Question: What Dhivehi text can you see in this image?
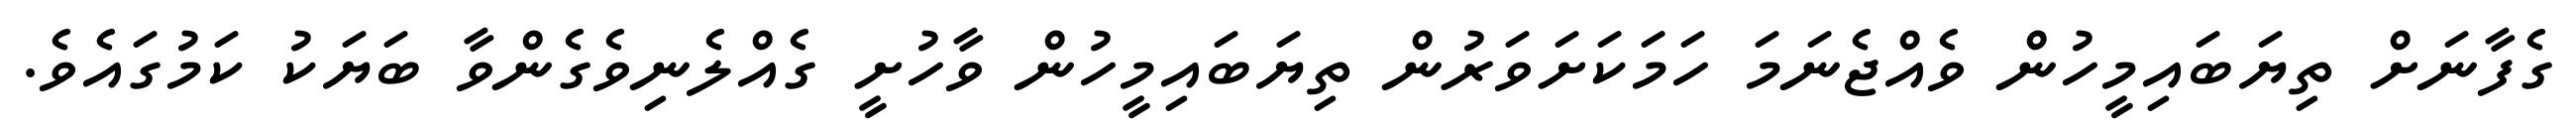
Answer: ގެފާނަށް ތިޔަބައިމީހުން ވެއްޖެނަމަ ހަމަކަށަވަރުން ތިޔަބައިމީހުން ވާހުށީ ގެއްލެނިވެގެންވާ ބަޔަކު ކަމުގައެވެ.